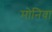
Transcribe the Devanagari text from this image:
मोनिवा